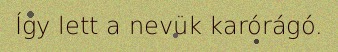
Így lett a nevük karórágó.